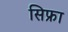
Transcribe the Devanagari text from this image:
सिफ्रा